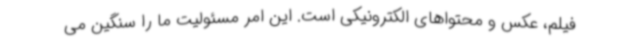
فیلم، عکس و محتواهای الکترونیکی است. این امر مسئولیت ما را سنگین می